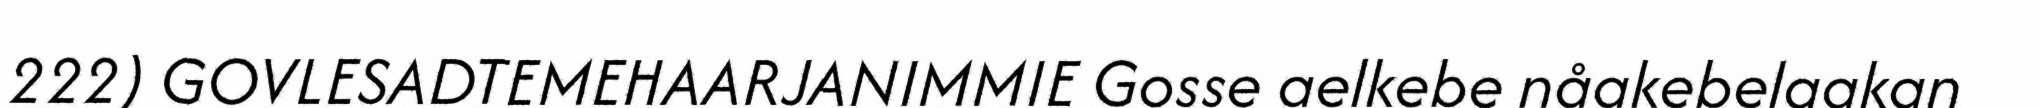
222) GOVLESADTEMEHAARJANIMMIE Gosse aelkebe nåakebelaakan